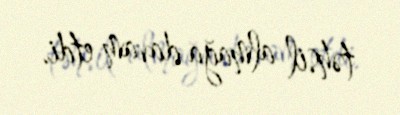
təhsil almağa davam etdi.